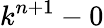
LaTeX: k^{n+1}-0